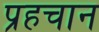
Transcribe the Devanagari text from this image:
प्रहचान